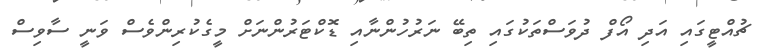
ޗުއްޓީގައި އަދި އޯފް ދުވަސްތަކުގައި ތިބޭ ނަރުހުންނާއި ޑޮކްޓަރުންނަށް މީގެކުރިންވެސް ވަނީ ސާވިސް